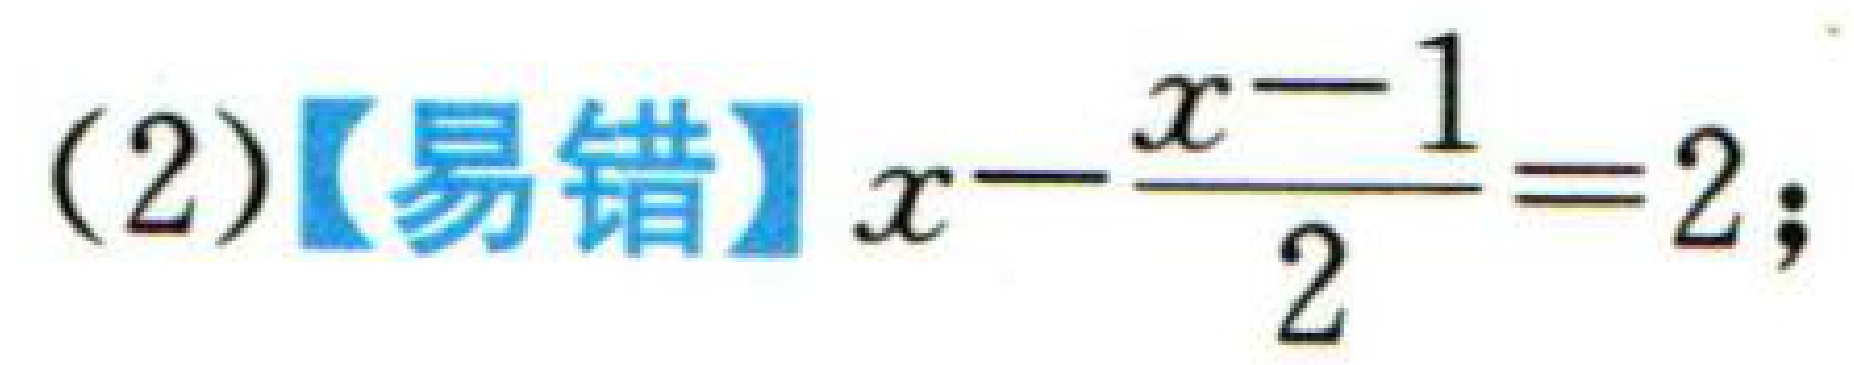
(2)【易错】$x - \frac{x - 1}{2} = 2$;